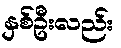
နှစ်ဦးလည်း